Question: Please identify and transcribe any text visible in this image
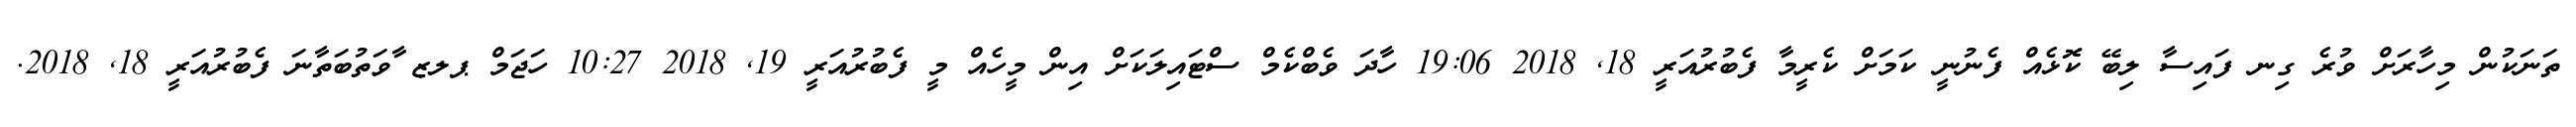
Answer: ތަނަކުން މިހާރަށް ވުރެ ގިނ ފައިސާ ލިބޭ ކޮޅެއް ފެނުނީ ކަމަށް ކެރީމާ ފެބުރުއަރީ 18, 2018 19:06 ހާދަ ވެބްކެމް ސްޓައިލަކަށް އިން މީހެއް މީ ފެބުރުއަރީ 19, 2018 10:27 ހަޖަމް ޕލޒ ާވަތުބަތާނަ ފެބުރުއަރީ 18, 2018.